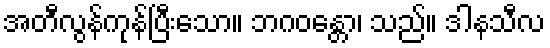
အတီလွန်ကုန်ပြီးသော။ ဘဂဝန္တော၊ သည်။ ဒါနသီလ